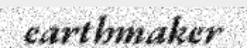
earthmaker